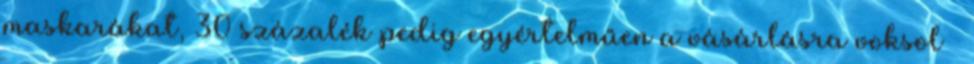
maskarákat, 30 százalék pedig egyértelműen a vásárlásra voksol –